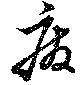
廃